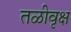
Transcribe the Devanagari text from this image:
तळीवृक्ष